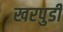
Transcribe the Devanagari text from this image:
खरपुडी